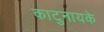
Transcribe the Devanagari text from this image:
काटुनायके